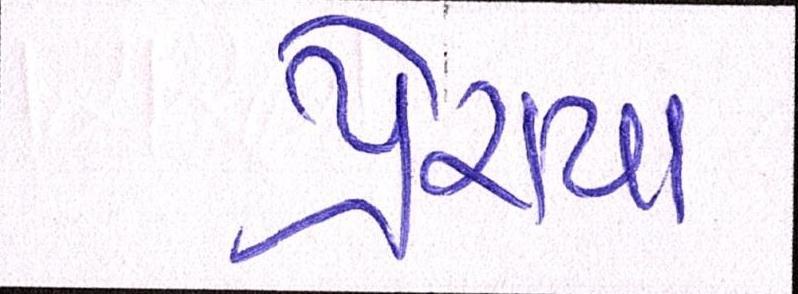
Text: પ્રેરાયા